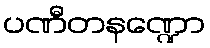
ပဏီတနဏ္ဍော